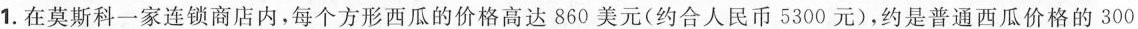
1.在莫斯科一家连锁商店内，每个方形西瓜的价格高达860美元(约合人民币5300元)，约是普通西瓜价格的300